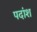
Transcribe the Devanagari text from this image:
पदांश